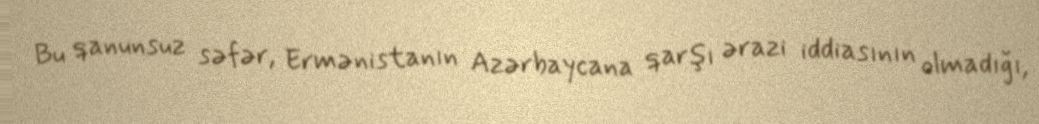
Bu qanunsuz səfər, Ermənistanın Azərbaycana qarşı ərazi iddiasının olmadığı,